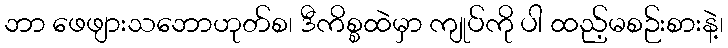
ဘာ ဖေဖျားသဘောဟုတ်စ၊ ဒီကိစ္စထဲမှာ ကျုပ်ကို ပါ ထည့်မစဉ်းစားနဲ့၊